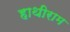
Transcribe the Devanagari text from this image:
हाथीराम